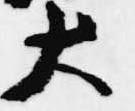
大